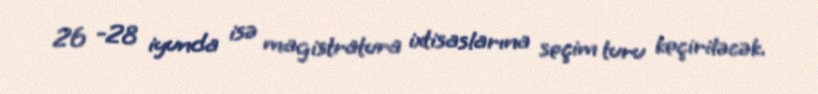
26 -28 iyunda isə magistratura ixtisaslarına seçim turu keçiriləcək.